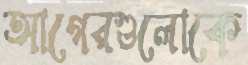
আগেরগুলোকে